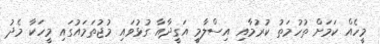
މީހެއް ކަމަށް ތުހުމަތު ކުރުމާއި އިސްލާމީ އަގީދާއާ ގުޅުވައި މުޖުތަމައުގައި މީހަކާ މެދު